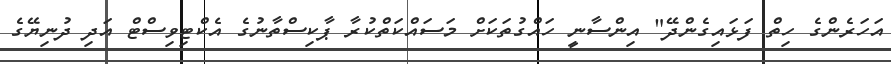
އަހަރެންގެ ހިތް ފަޅައިގެންދޭ" އިންސާނީ ހައްގުތަކަށް މަސައްކަތްކުރާ ޕާކިސްތާނުގެ އެކްޓިވިސްޓް އަދި ދުނިޔޭގެ